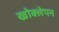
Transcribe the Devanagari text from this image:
खोक्लेपन